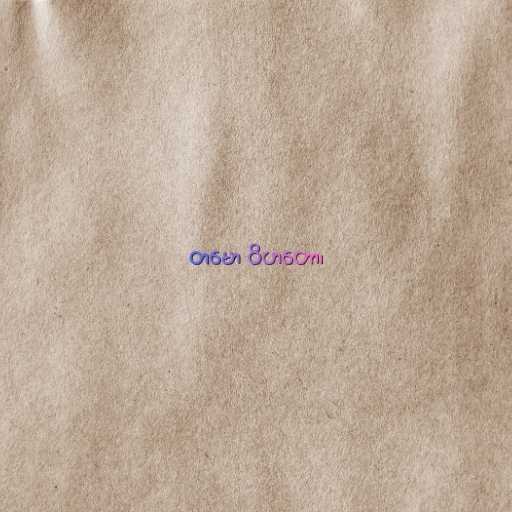
တမော ဝိဟတော၊